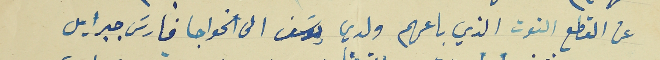
عن القطع التوت الذي باعهم ولدي يوسَف الى الخواجا فارسَ جبرايل